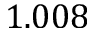
1 . 0 0 8